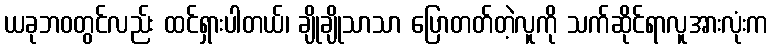
ယခုဘဝတွင်လည်း ထင်ရှားပါတယ်၊ ချိုချိုသာသာ ပြောတတ်တဲ့လူကို သက်ဆိုင်ရာလူအားလုံးက